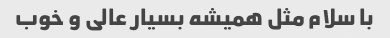
با سلام مثل همیشه بسیار عالی و خوب